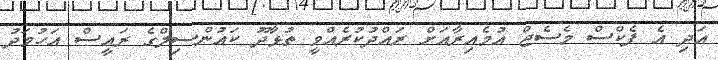
އަދި އެ ފެކްސް މެސެޖް އުމެއިރާއަށް ރައްދުކުރެއްވީ ތުޅާދޫ ކައުންސިލްގެ ރައީސް އަހުމަދު